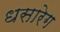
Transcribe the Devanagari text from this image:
धसारेग